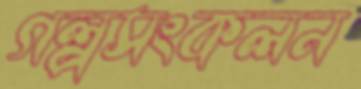
গল্পসংকলন